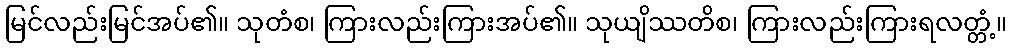
မြင်လည်းမြင်အပ်၏။ သုတံစ၊ ကြားလည်းကြားအပ်၏။ သုယျိဿတိစ၊ ကြားလည်းကြားရလတ္တံ့။